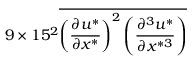
9 \times 1 5 ^ { 2 } \overline { { \left( \frac { \partial u ^ { * } } { \partial x ^ { * } } \right) ^ { 2 } \left( \frac { \partial ^ { 3 } u ^ { * } } { \partial x ^ { * 3 } } \right) } }